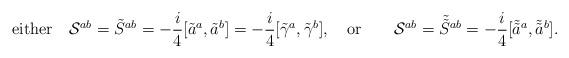
LaTeX: \begin{align*}{\rm either} \quad {\cal S}^{ab} = \tilde{S}^{ab} = -\frac{i}{4} [\tilde{a}^a, \tilde{a}^b] = -\frac{i}{4} [\tilde{\gamma}^a, \tilde{\gamma}^b] , \quad {\rm or} \qquad {\cal S}^{ab} = \tilde{\tilde{S}}{ }^{ab} = -\frac{i}{4} [\tilde{\tilde{a}}{ }^a, \tilde{\tilde{a}}{ }^b]. \end{align*}